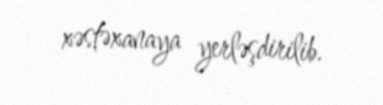
xəstəxanaya yerləşdirilib.